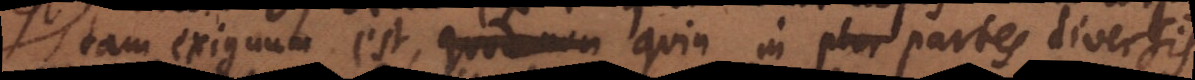
tam exiguum est, quin in plur partes diversis